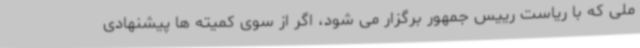
ملی که با ریاست رییس جمهور برگزار می شود، اگر از سوی کمیته ها پیشنهادی